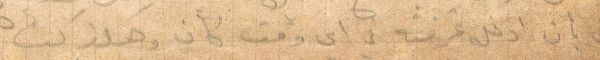
لي بان ادخل غرفته في أي وقت كان وهكذا كنت